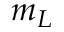
m _ { L }